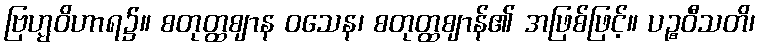
ဗြဟ္မဝိဟာရ၌။ စတုတ္ထဈာန ဝသေန၊ စတုတ္ထဈာန်၏ အဖြစ်ဖြင့်။ ပဉ္စဝီသတိ၊